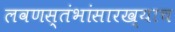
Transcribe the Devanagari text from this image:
लवणस्तंभांसारख्याच